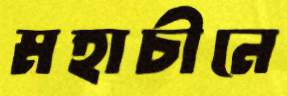
মহাচীনে